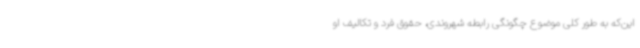
این‌که به طور کلی موضوع چگونگی رابطه شهروندی، حقوق فرد و تکالیف او